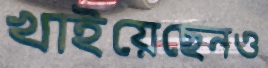
খাইয়েছেনও